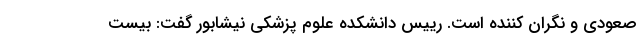
صعودی و نگران کننده است. رییس دانشکده علوم پزشکی نیشابور گفت: بیست